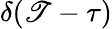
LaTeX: \delta(\mathscr{T}-\tau)